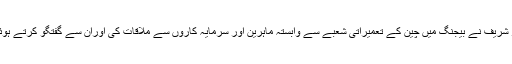
چین کے تعمیراتی شعبے سے وابستہ ماہرین اور سرمایہ کاروں سے ملاقات: وزیر اعلیٰ پنجاب محمدشہباز شریف نے بیجنگ میں چین کے تعمیراتی شعبے سے وابستہ ماہرین اور سرمایہ کاروں سے ملاقات کی اوران سے گفتگو کرتے ہوئے کہا کہ پنجاب میں گیس کے ذریعے 3600میگاواٹ بجلی پیدا کرنے کے کارخانے لگائے جا رہے ہیں۔